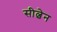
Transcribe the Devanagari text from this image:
सील्वेन